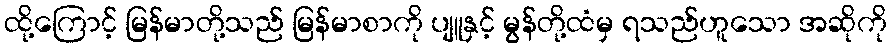
ထို့ကြောင့် မြန်မာတို့သည် မြန်မာစာကို ပျူနှင့် မွန်တို့ထံမှ ရသည်ဟူသော အဆိုကို